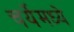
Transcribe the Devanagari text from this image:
चर्येमध्ये